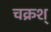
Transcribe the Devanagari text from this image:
चक्रश्